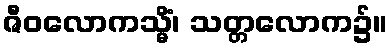
ဇီဝလောကသ္မိံ၊ သတ္တလောက၌။